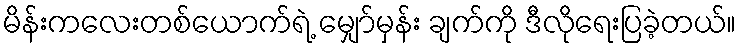
မိန်းကလေးတစ်ယောက်ရဲ့ မျှော်မှန်း ချက်ကို ဒီလိုရေးပြခဲ့တယ်။